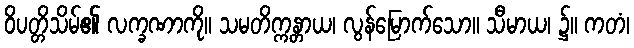
ဝိပတ္တိသိမ်၏ လက္ခဏာကို။ သမတိက္ကန္တာယ၊ လွန်မြောက်သော။ သီမာယ၊ ၌။ ကတံ၊